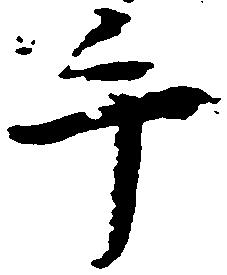
手